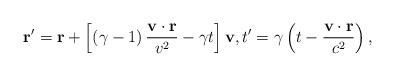
LaTeX: \begin{align*}\mathbf{r}^{\prime}=\mathbf{r}+\left[ \left( \gamma-1\right) \frac{\mathbf{v}\cdot\mathbf{r}}{v^{2}}-\gamma t\right] \mathbf{v},t^{\prime}=\gamma\left( t-\frac{\mathbf{v}\cdot\mathbf{r}}{c^{2}}\right) ,\end{align*}